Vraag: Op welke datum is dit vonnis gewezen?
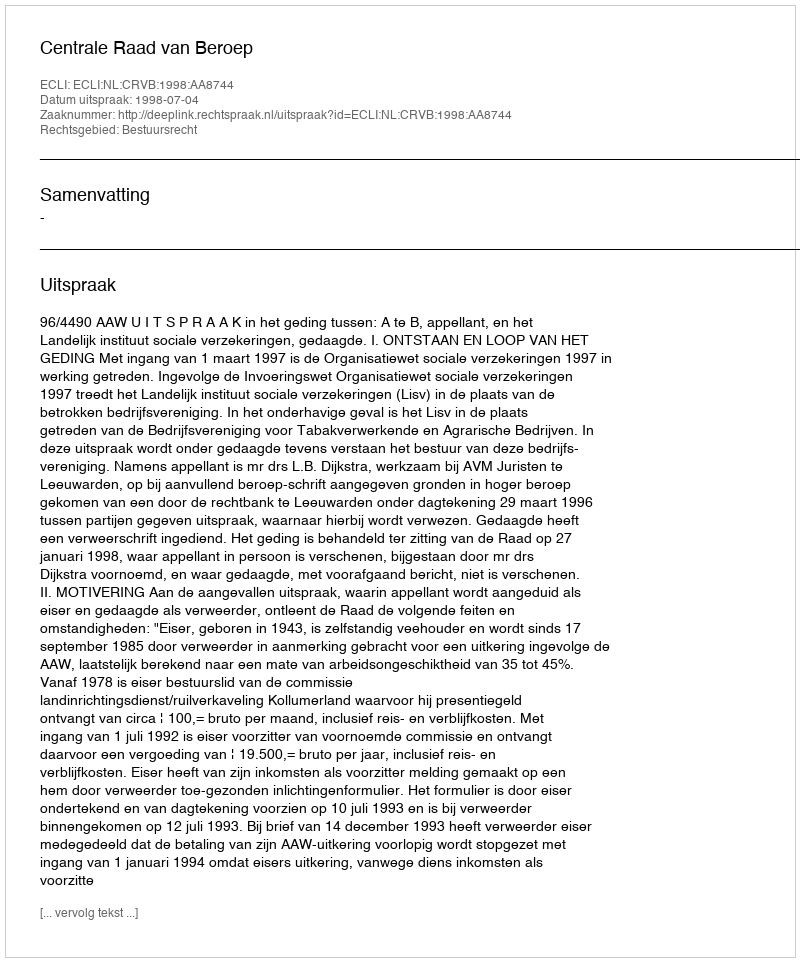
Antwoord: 1998-07-04